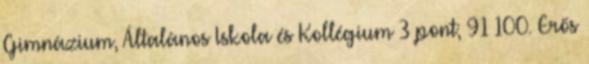
Gimnázium, Általános Iskola és Kollégium 3 pont; 91–100. Erős